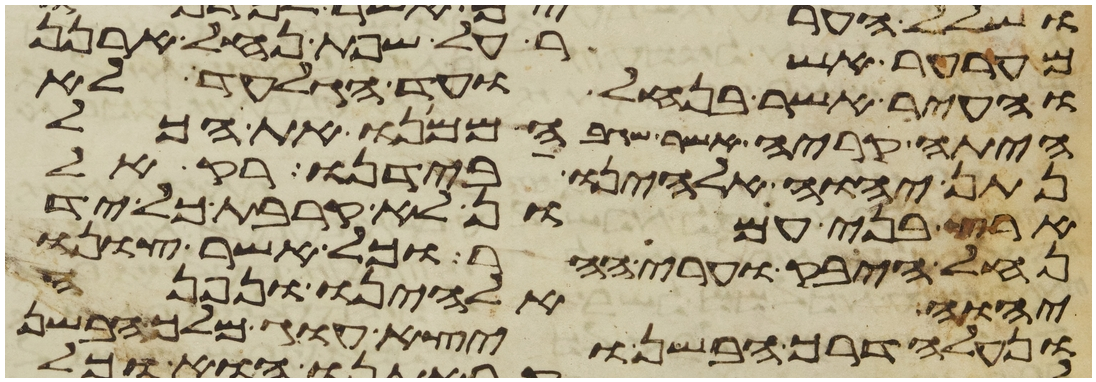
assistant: מערער אשר על שפת נחל ארנן
והעיר אשר בנחל ועד הגלעד לא
היתה קריה אשר שגבה ממנו את הכל
נתן יהוה אלהינו בידנו רק אל
ארץ בני עמון לא קרבת כל יד
נחל היבק וערי ההר וכל אשר צונו
יהוה אלהינו ונפנה
ונעלה דרך הבשן ויצא עוג מלך הבשן